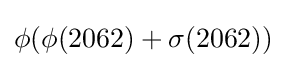
\phi (\phi (2062)+\sigma (2062))